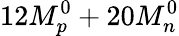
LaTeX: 12M_{p}^{0}+20M_{n}^{0}